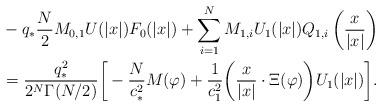
LaTeX: \begin{align*} & -q_*\frac{N}{2} M_{0, 1}U(|x|)F_0(|x|)+\sum^N_{i=1}M_{1, i}U_1(|x|)Q_{1, i} \left( \frac{x}{|x|} \right)\\ & =\frac{q_*^2}{2^N\Gamma(N/2)}\biggr[-\frac{N}{c_*^2}M(\varphi)+\frac{1}{c_1^2}\biggr(\frac{x}{|x|}\cdot\Xi(\varphi)\biggr)U_1(|x|)\biggr].\end{align*}